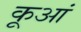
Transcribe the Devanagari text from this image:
कूआं